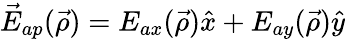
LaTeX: \vec{E}_{ap}(\vec{\rho})=E_{ax}(\vec{\rho})\hat{x}+E_{ay}(\vec{\rho})\hat{y}